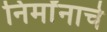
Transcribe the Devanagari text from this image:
निर्मांनाचे